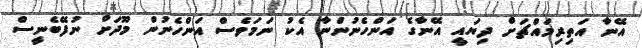
އޭނާ އަތިރިމައްޗަށް ދިޔައީ އޭނާގެ އަންހެނުންނާ އެކު ނަމަވެސް އަންހެނުން މޫދަށް ނުފޭބެނީސް